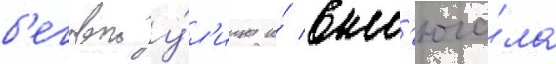
б'еговои у́л'ицы и́ вкл'юча́ла